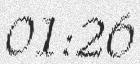
01:26